Trukikaitis_Postimees, lk 63
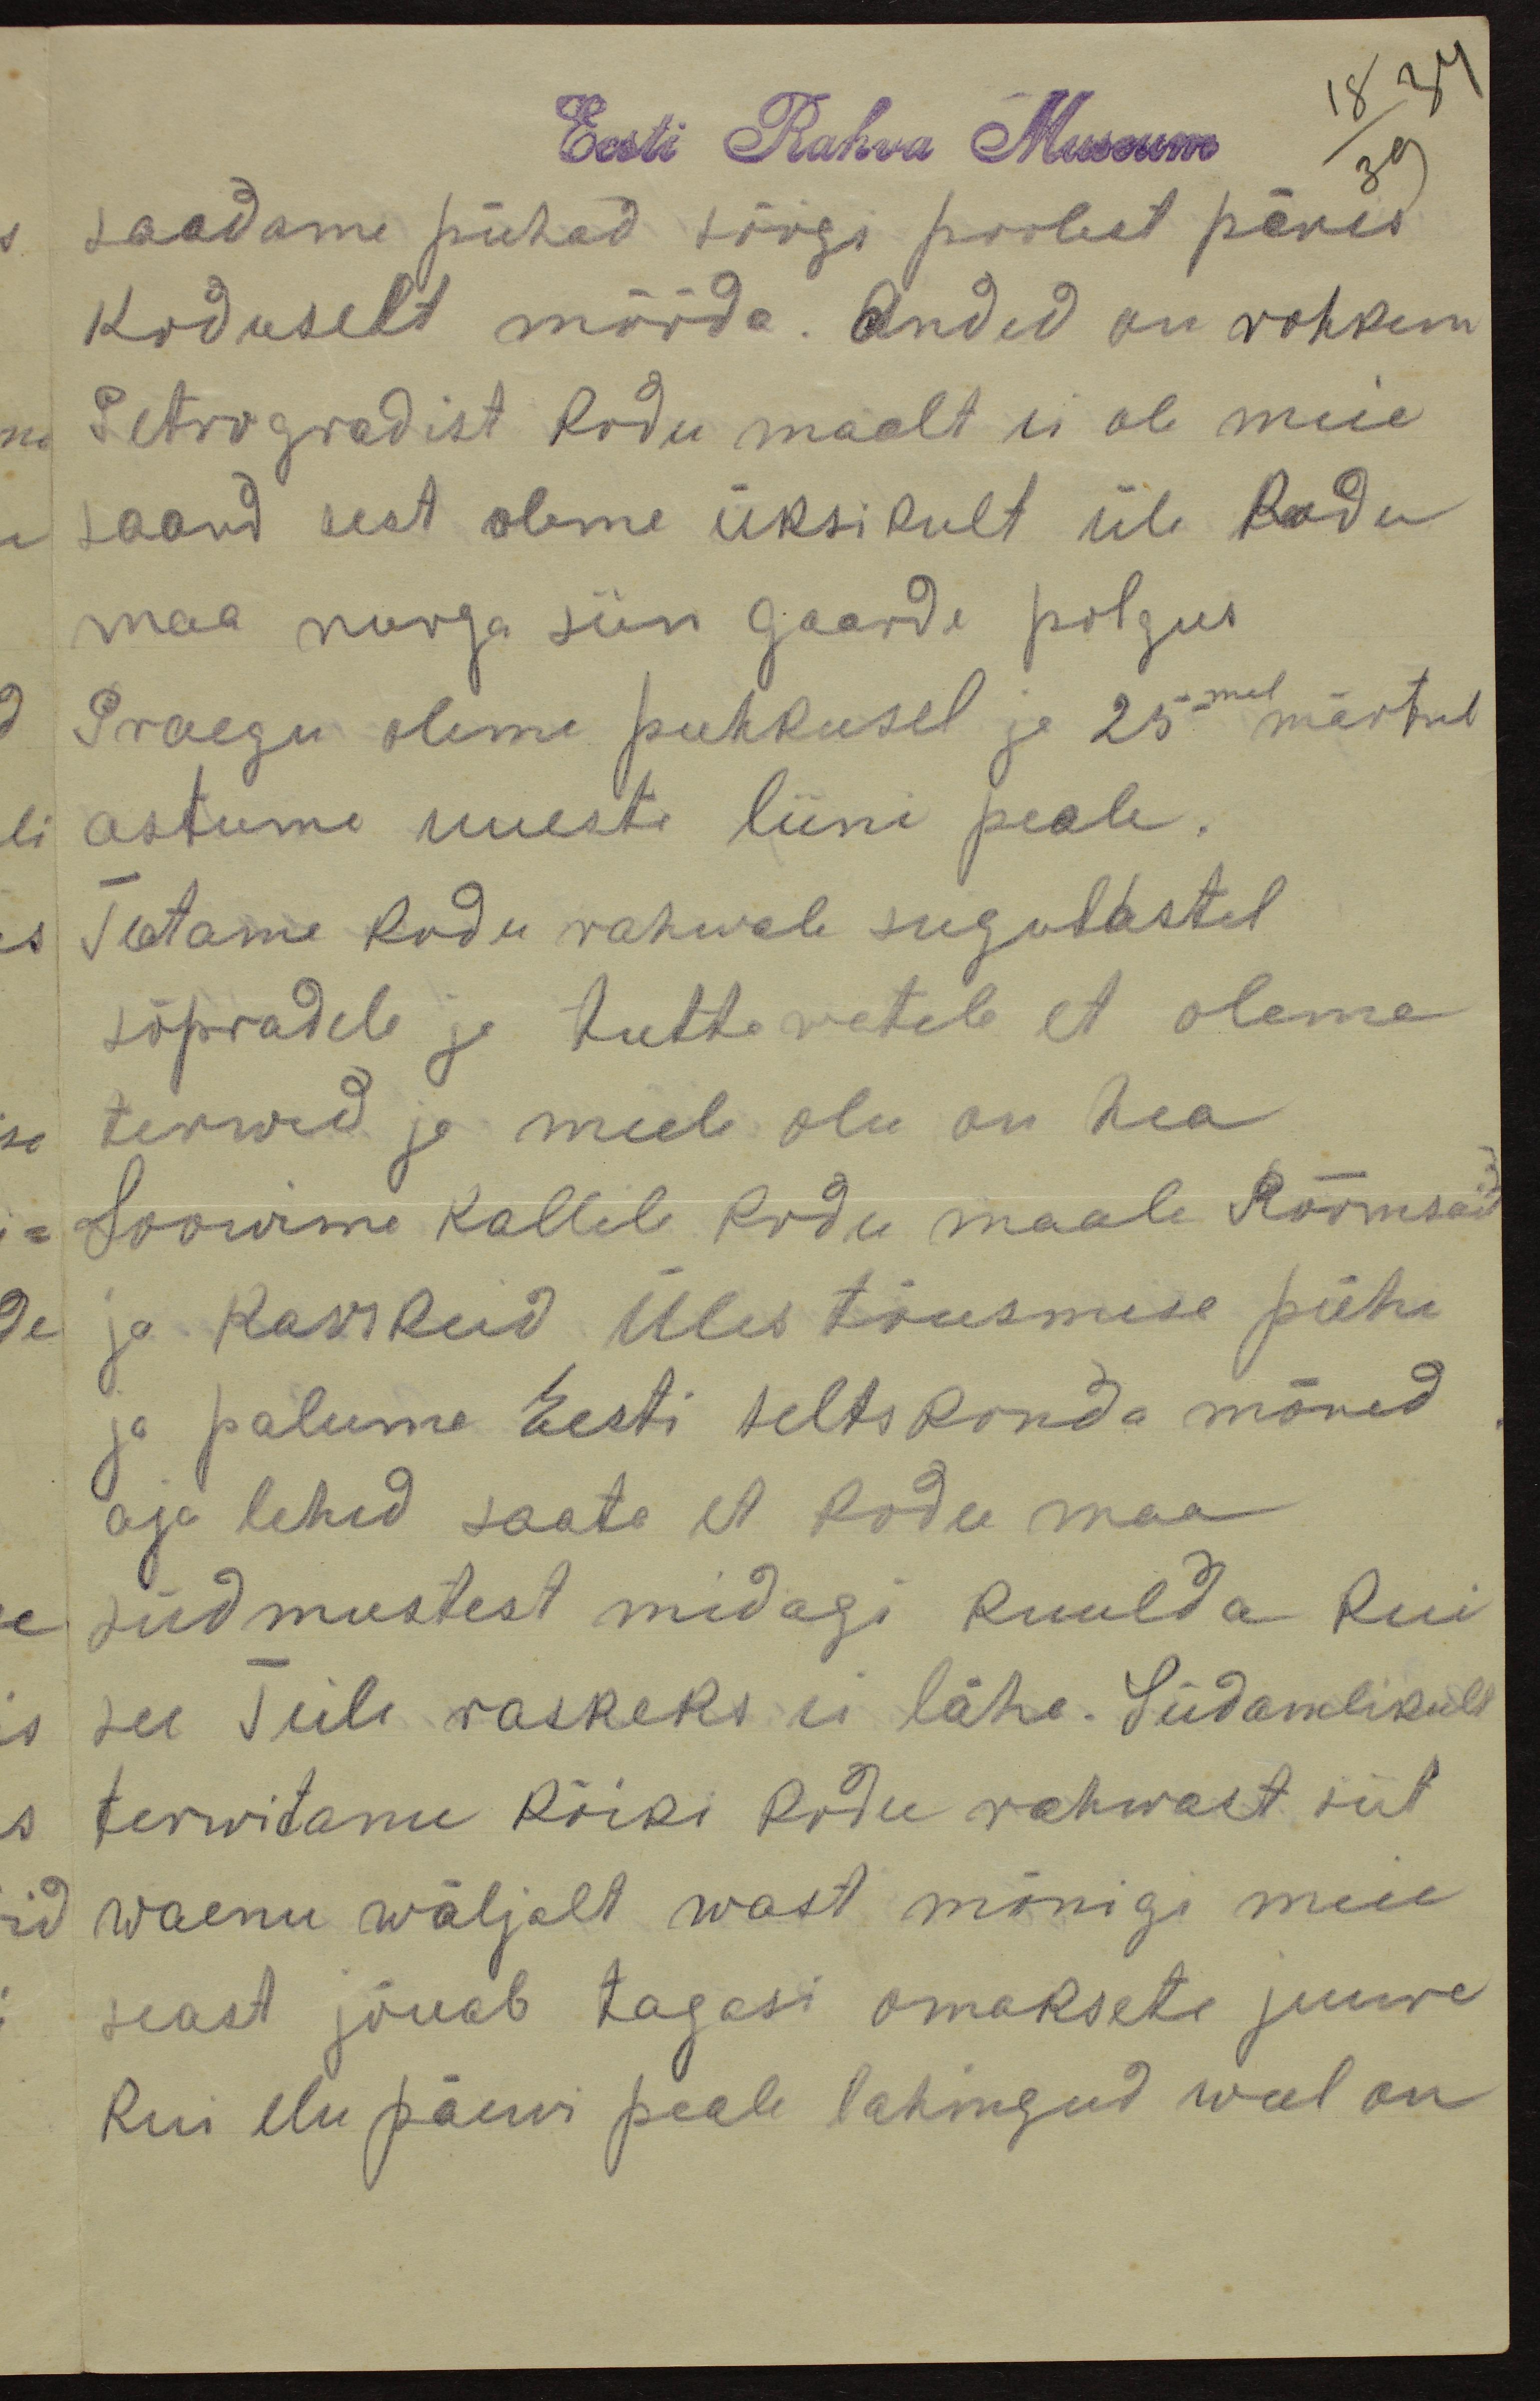
18 34
Eesti Rahva Museum
39
saadame pühad söögi poolest päris
koduselt mööda. Anded on rohkem
Petrogradist kodu maalt ei ole meie
saand sest oleme üksikult üle kodu
maa nurga siin Gaarde polgus.
Praegu oleme puhkusel ja 25mal märtsil
astume uueste liini peale.
Teatame kodu rahwale sugulastel
sõpradele ja tuttawatele et oleme
terwed ja meele olu on hea
Soowime Kallile kodu maale Rõõmsaid
ja karskeid Üles tõusmise pühi
ja palume Eesti seltskonda mõned
aja lehed saata et kodu maa
sündmustest midagi kuulda kui
see Teile raskeks ei lähe. Südamlikult
terwitame kõiki kodu rahwast siit
waenu wäljalt wast mõnigi meie
seast jõuab tagasi omaksete juure
kui elu päewi peale lahingud weel on